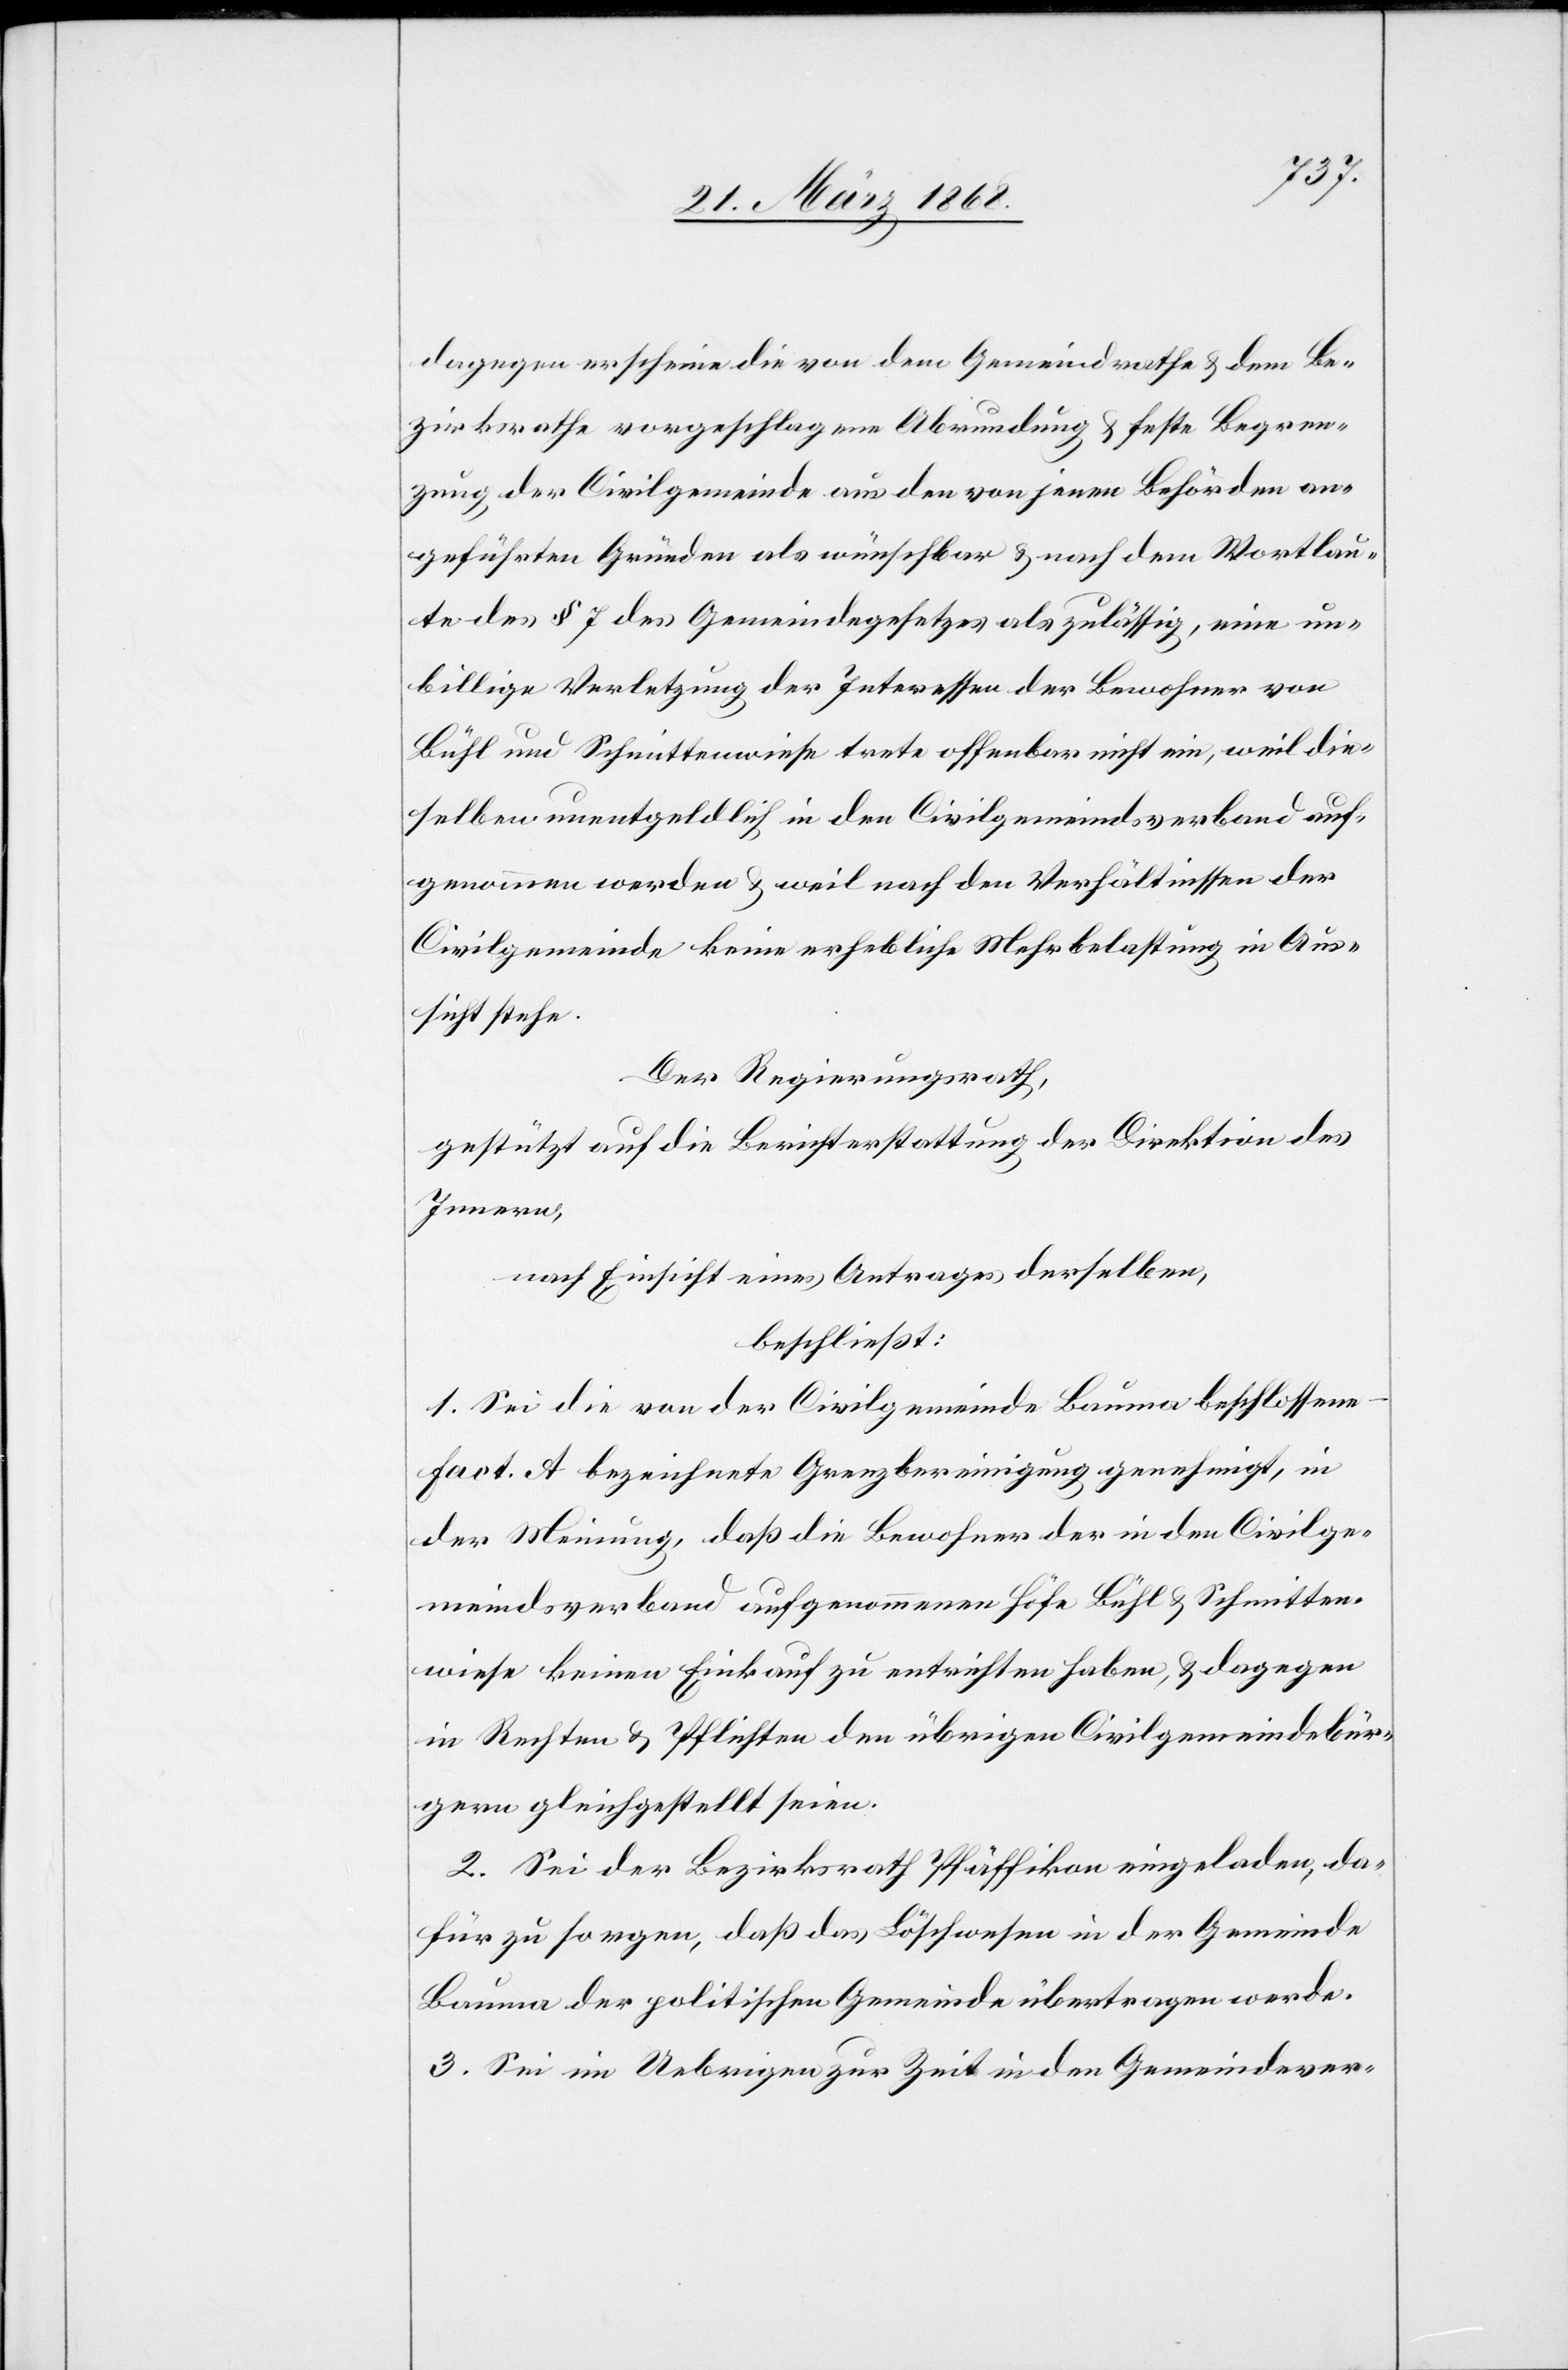
dagegen erscheine die von dem Gemeindrathe & dem Be¬
zirksrathe vorgeschlagene Abrundung & feste Begren¬
zung der Civilgemeinde aus den von jenen Behörden an¬
geführten Gründen als wünschbar & nach dem Wortlau¬
te des § 7 des Gemeindegesetzes als zulässig, eine un¬
billige Verletzung der Interessen der Bewohner von
Bühl und Schmittenwiese trete offenbar nicht ein, weil die¬
selben unentgeldlich in den Civilgemeindsverband auf¬
genommen werden & weil nach den Verhältnissen der
Civilgemeinde keine erhebliche Mehrbelastung in Aus¬
sicht stehe.
Der Regierungsrath,
gestützt auf die Berichterstattung der Direktion des
Innern,
nach Einsicht eines Antrages derselben,
beschließt:
1. Sei die von der Civilgemeinde Bauma beschlossene
Fact. A bezeichnete Grenzbereinigung genehmigt, in
der Meinung, daß die Bewohner der in den Civilge¬
meindsverband aufgenommenen Höfe Bühl & Schmitten¬
wiese keinen Einkauf zu entrichten haben, & dagegen
in Rechten & Pflichten den übrigen Civilgemeindebür¬
gern gleichgestellt seien.
2. Sei der Bezirksrath Pfäffikon eingeladen, da¬
für zu sorgen, daß das Löschwesen in der Gemeinde
Bauma der politischen Gemeinde übertragen werde.
3. Sei im Uebrigen zur Zeit in den Gemeindever-